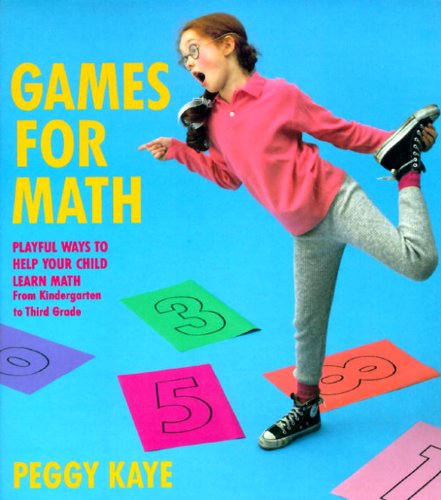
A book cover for Games for Math: Playful Ways to Help Your Child Learn Math, From Kindergarten to Third Grade; Peggy Kaye; Humor & Entertainment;